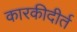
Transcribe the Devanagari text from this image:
कारकीदीर्त